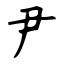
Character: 尹